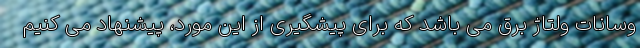
وسانات ولتاژ برق می باشد که برای پیشگیری از این مورد، پیشنهاد می کنیم